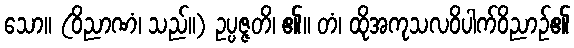
သော။ (ဝိညာဏံ၊ သည်။) ဥပ္ပဇ္ဇတိ၊ ၏။ တံ၊ ထိုအကုသလဝိပါက်ဝိညာဉ်၏